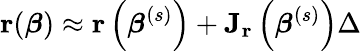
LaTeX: \mathbf{r}({\boldsymbol{\beta}})\approx\mathbf{r}\left({\boldsymbol{\beta}}^{(s)}\right)+\mathbf{J_{r}}\left({\boldsymbol{\beta}}^{(s)}\right)\Delta